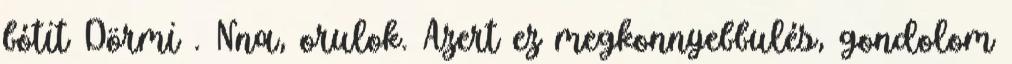
bótit Dörmi . Nna, orulok. Azert ez megkonnyebbulés, gondolom